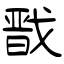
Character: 戬